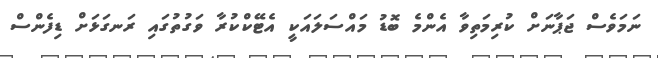
ނަމަވެސް ޖަޕާނަށް ކުރިމަތިވާ އެންމެ ބޮޑު މައްސަލައަކީ އެޓޭކްކުރާ ވަގުތުގައި ރަނގަޅަށް ޑިފެންސް